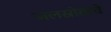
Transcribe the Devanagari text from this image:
जलस्रोतांचे